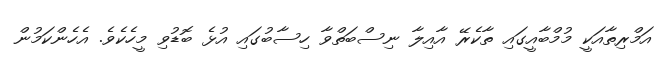
އަމްރިތާއަކީ މުމްބާއީގައި ތާކެރޭ އާއިލާ ނިސްބަތްވާ ހިސާބުގައި އުޅެ ބޮޑުވި މީހެކެވެ. އެހެންކަމުން